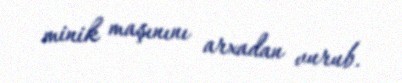
minik maşınını arxadan vurub.